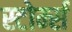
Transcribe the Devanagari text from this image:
स्टोर्म्स